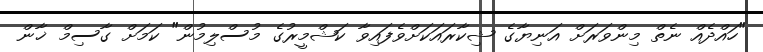
"ހައްދެއް ނެތް މިންވަރަށް އަނިޔާގެ ޝިކާރައަކަށްވެފައިވާ ކަޝްމީރުގެ މުސްލިމުން" ކަމަށް ގާސިމް ޚާން